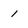
Character: 1